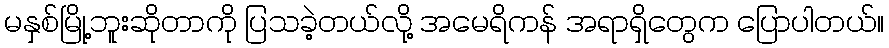
မနှစ်မြို့ဘူးဆိုတာကို ပြသခဲ့တယ်လို့ အမေရိကန် အရာရှိတွေက ပြောပါတယ်။